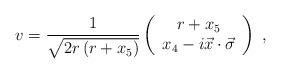
LaTeX: \begin{align*}v=\frac{1}{\sqrt{2r\left( r+x_{5}\right) }}\left( \begin{array}{c}r+x_{5} \\ x_{4}-i\vec{x}\cdot \vec{\sigma}\end{array}\right) \;,\end{align*}